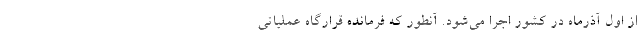
از اول آذرماه در کشور اجرا می‌شود. آنطور که فرمانده قرارگاه عملیاتی